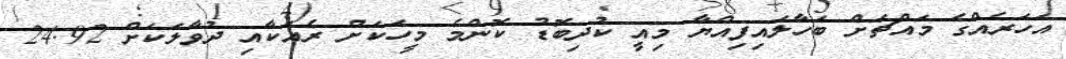
އަހަރެއްގެ މައްޗަށް ބަހާލައިފިއްޔާ މިއީ ކުދިބޮޑު ކޮންމެ މީހަކަށް ރެއަކާއި ދުވާލަކަށް 24.92